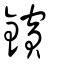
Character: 鑌